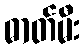
ဓာတ်မီး